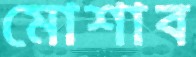
মোশাব